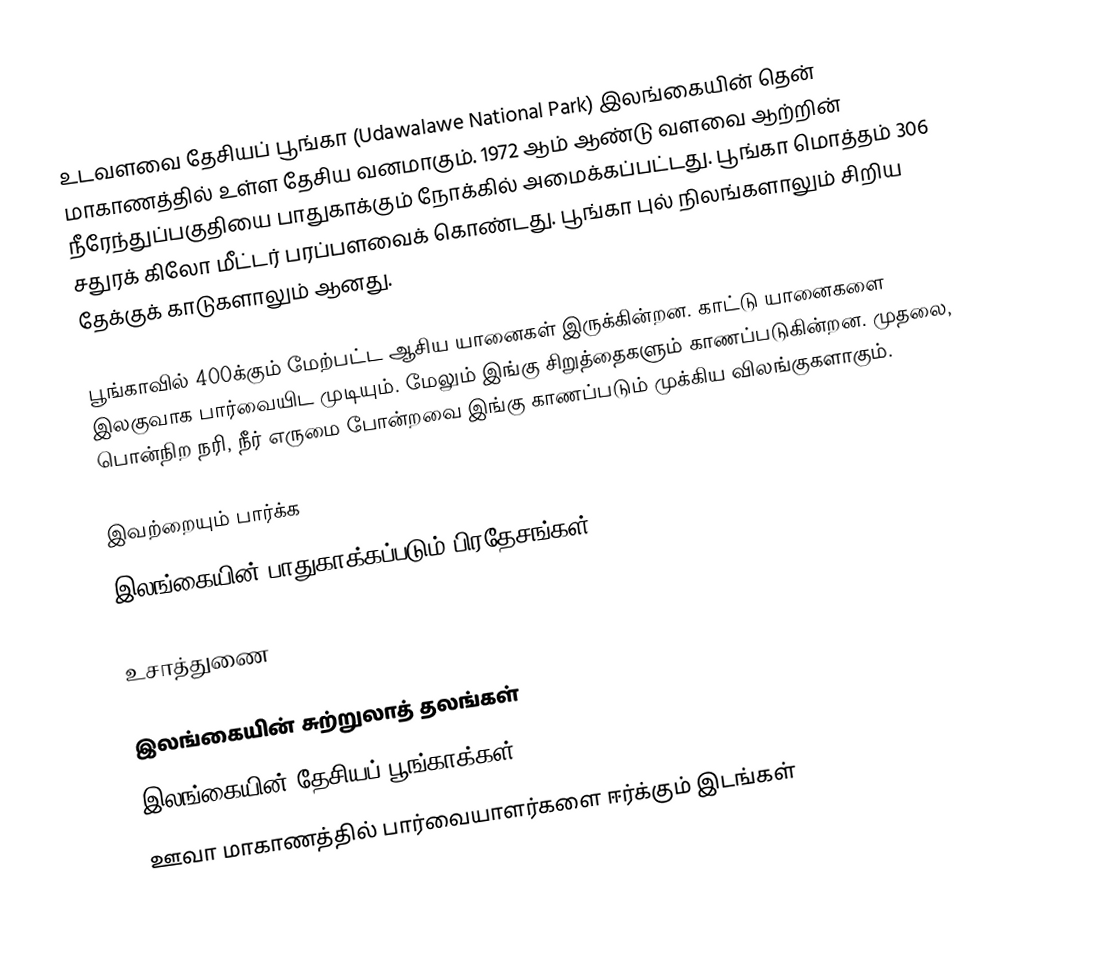
உடவளவை தேசியப் பூங்கா (Udawalawe National Park) இலங்கையின் தென் மாகாணத்தில் உள்ள தேசிய வனமாகும். 1972 ஆம் ஆண்டு வளவை ஆற்றின் நீரேந்துப்பகுதியை பாதுகாக்கும் நோக்கில் அமைக்கப்பட்டது. பூங்கா மொத்தம் 306 சதுரக் கிலோ மீட்டர் பரப்பளவைக் கொண்டது. பூங்கா புல் நிலங்களாலும் சிறிய தேக்குக் காடுகளாலும் ஆனது.

பூங்காவில் 400க்கும் மேற்பட்ட ஆசிய யானைகள் இருக்கின்றன. காட்டு யானைகளை இலகுவாக பார்வையிட முடியும். மேலும் இங்கு சிறுத்தைகளும் காணப்படுகின்றன. முதலை, பொன்நிற நரி, நீர் எருமை போன்றவை இங்கு காணப்படும் முக்கிய விலங்குகளாகும்.

இவற்றையும் பார்க்க
இலங்கையின் பாதுகாக்கப்படும் பிரதேசங்கள்

உசாத்துணை

இலங்கையின் சுற்றுலாத் தலங்கள்
இலங்கையின் தேசியப் பூங்காக்கள்
ஊவா மாகாணத்தில் பார்வையாளர்களை ஈர்க்கும் இடங்கள்